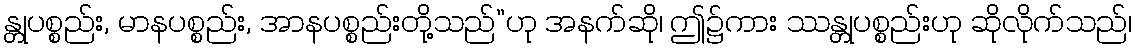
န္တုပစ္စည်း, မာနပစ္စည်း, အာနပစ္စည်းတို့သည်”ဟု အနက်ဆို၊ ဤ၌ကား ဿန္တုပစ္စည်းဟု ဆိုလိုက်သည်၊